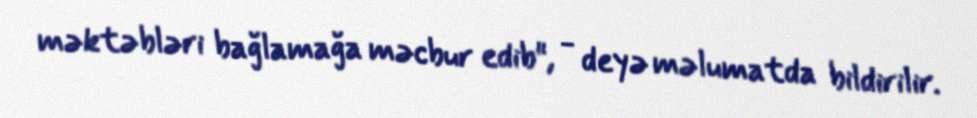
məktəbləri bağlamağa məcbur edib", - deyə məlumatda bildirilir.